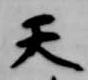
天